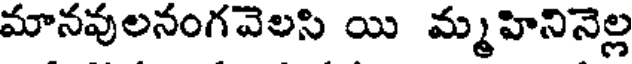
మానవులనంగవెలసి యి మ్మహినినెల్ల